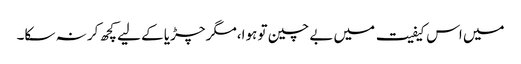
میں اس کیفیت میں بے چین تو ہوا،مگر چڑیا کے لیے کچھ کر نہ سکا۔